Vital statistics of India. Vol. IV, Annual returns from 1871 to 1876. British Army of India, Native Army and jails of Bengal
Year: 1871
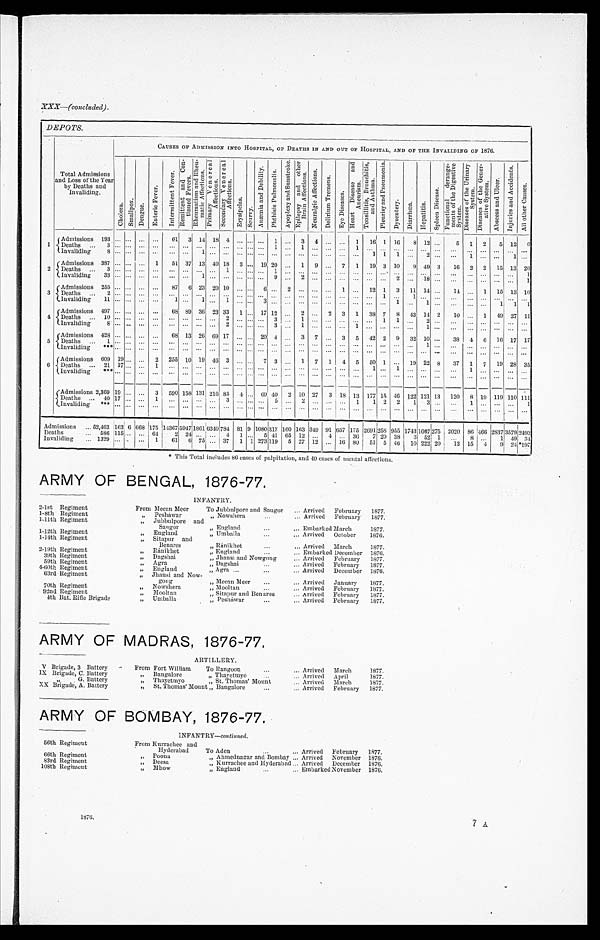
XXX—(concluded).
DEPOTS.
Total Admissions
and Loss of the Year
by Deaths and
Invaliding.
CAUSES OF ADMISSION INTO HOSPITAL, OF DEATHS IN AND OUT OF HOSPITAL, AND OF THE INVALIDING OF 1876.
C h o l e r a .
S m a l l p o x .
D e n g u e .
E n t e r i c F e v e r .
I n t e r m i t t e n t F e v e r .
R e m i t t e n t a n d C o n -
t i n u e d F e v e r s . R h e u m a t i s m a n d R h e u -
m a t i c A f f e c t i o n s .
P r i m a r y V e n e r e a l
A f f e c t i o n s . S e c o n d a r y V e n e r e a l
A f f e c t i o n s .
E r y s i p e l a s .
S c u r v y .
A n æ m i a a n d D e b i l i t y . P h t h i s i s P u l m o n a l i s A p o p l e x y a n d S u n s t r o k e . E p i l e p s y a n d o t h e r
B r a i n A f f e c t i o n s .
N e u r a l g i c A f f e c t i o n s .
D e l i r i u m T r e m e n s .
E y e d i s e a s e s .
H e a r t D i s e a s e a n d
A n e u r i s m . T o n s i l l i t i s , B r o n c h i t i s ,
a n d A s t h m a . P l e u r i s y a n d P n e u m o n i a .
D y s e n t e r y . D i a r r h œ a .
H e p a t i t i s .
S p l e e n D i s e a s e .
F u n c t i o n a l d e r a n g e -
m e n t s o f t h e D i g e s t i v e
S y s t e m .
D i s e a s e s o f t h e U r i n a r y
S y s t e m .
D i s e a s e s o f t h e G e n e r - a t i v e S y s t e m .
A b s c e s s a n d U l c e r .
I n j u r i e s a n d A c c i d e n t s .
A l l o t h e r C a u s e s .
Admissions 193
61 3 14 18 4
1
3 4
1 16 1 16 8 12
5 1 2 5 12 6
1
D e a t h s
3
1
1
1
Invaliding 8
1
1 1 1
2
1
1
Admissions 387
1 51 37 13 40 18 3
19 20
1 9
7 1 19 3 10 9 49 3 16 2 2 15 13 26
2
D e a t h s
3
1
1
1
I n v a l i d i n g
3 3
1
9
2
2
1 8
1
Admissions 255
87 6 23 20 10
6
2
1
12 1 3 11 14
14
1 15 13 16
3 Deaths
2
1
1
Invaliding 11
1
1
1
3
1
1
1 1 1
Admissions 497
68 89 36 23 33 1
17 12
2
2 3 1 38 7 8 43 14 2 10
1 49 27 11
4
D e a t h s
1 0
2
3
1
1 1
2
Invaliding 8
2
3
1
1
1
Admissions 428
68 13 26 69 17
20 4
3 7
3 5 42 2 9 32 10
38 4 6 16 17 17
5 Deaths
1
1
Invaliding ***
Admissions 609 19
2 255 10 19 46 3
7 3
1 7 1 4 5 50 1
19 22 8 37 1 7 19 28 35
6
D e a t h s
I n v a l i d i n g
2 1
* * * 1 7
1
1
1
1
Admissions 2,369 19
3 590 158 1311
4
6 9 4 0
2 10 27
3
18 13 177 15 46 122 121 13 120 8 19 119 110 111
Deaths
40 17
1
3
5
2
1 1 2 2 1 3
1
1
Invaliding ***
Admissions 52,463 163 6 668 175 14367 5947 1 8 6 1 6 3 4 0 784 81 9 1080 317 160 163 349 91 657 175 2 6 9 1 258 955 1743 1667 275 2020 86 466 2837 3579 2493
Deaths
586 1 1 5
6 4
2 24
4
1
5 41 65 12
4 36 7 20 38 3 52 1
8
1 49 34
Invaliding
1329
1 61 6 75 3 7
1 1 273 119 5 27 12
16 80 51 5 46 10 222 20 12 15 4 9 24*197
* This Total includes 86 cases of palpitation, and 10 cases of mental affections.
ARMY OF BENGAL, 1876-77.
INFANTRY.
2-1st Regiment
From Meean Meer
To Jubbulpore and Saugor
Arrived February 1877.
1-8th Regiment
" P e s h a w a r
" Nowshera
Arrived February 1877.
1-11th Regiment
" J u b b u l p o r e a n d
Sangor
" England
Embarked March
1877.
1-12th Regiment
" E n g l a n d
" Umballa
Arrived October 1876.
1-14th Regiment
" S i t a p u r a n d
B e n a r e s
" Ránikhet
Arrived March
1877.
2-19th Regiment
" R á n i k h e t
" England
Embarked December 1876.
39th Regiment
" D a g s h a i
" Jhansi and Nowgong
Arrived February 1877.
59th Regiment
" A g r a
" Dagshai
Arrived February 1877.
4-60th Regiment
" E n g l a n d
" Agra
Arrived December 1876.
63rd Regiment
" Jhansi and Now-
gong
" Meean Meer
Arrived January 1877.
70th Regiment
" N o w s h e r a
" Mooltan
Arrived February 1877.
92nd Regiment
" M o o l t a n
" Sitapur and Benares
Arrived February 1877.
4t h Bat . Ri fl e Bri gade
" U m b a l l a
" Peshawar
Arrived February 1877.
ARMY OF MADRAS, 1876-77.
ARTILLERY.
V Brigade, 3 Battery
From Fort William To Rangoon
Arrived March
1877.
I X B r i g a d e , C . B a t t e r y
" B a n g a l o r e
" Thayetmyo
Arrived April
1877.
" G. Battery
" T h a y e t m y o
" St. Thomas' Mount
Arrived March
1877.
XX Brigade, A. Battery
" S t . T h o m a s ' M o u n t
" Bangalore
Arrived February 1877.
ARMY OF BOMBAY, 1876-77.
INFANTRY-continued.
56th Regiment
From Kurrachee and
Hyderabad To Aden
Arrived February 1877.
66th Regiment
" P o o n a
" A h m e d n a g a r a n d B o m b a y
Arrived November 1876.
83rd Regiment
" D e e s a
" K u r r a c h e e a n d H y d e r a b a d
Arrived December 1876.
108th Regiment
" M h o w
" E n g l a n d
Embarked November 1876.
1876.
7 A